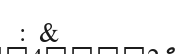
: &